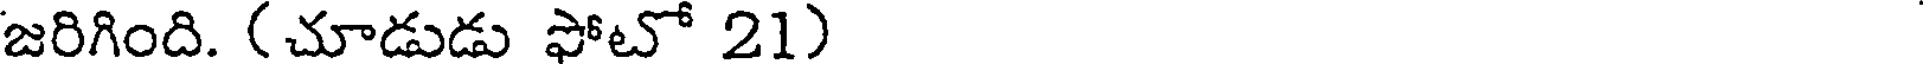
జరిగింది. (చూడుడు ఫోటో 21)